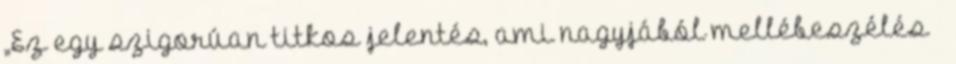
„Ez egy szigorúan titkos jelentés, ami nagyjából mellébeszélés –